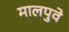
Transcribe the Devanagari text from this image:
मालपुवे